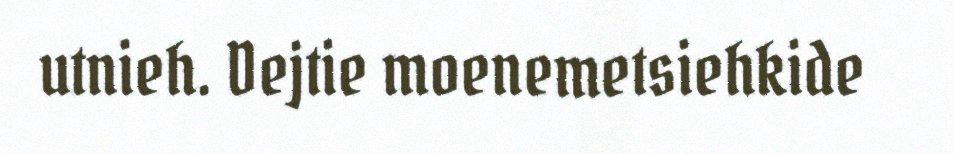
utnieh. Dejtie moenemetsiehkide